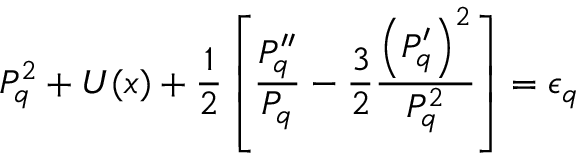
P _ { q } ^ { 2 } + U ( x ) + \frac { 1 } { 2 } \left[ \frac { P _ { q } ^ { \prime \prime } } { P _ { q } } - \frac { 3 } { 2 } \frac { \left( P _ { q } ^ { \prime } \right) ^ { 2 } } { P _ { q } ^ { 2 } } \right] = \epsilon _ { q }